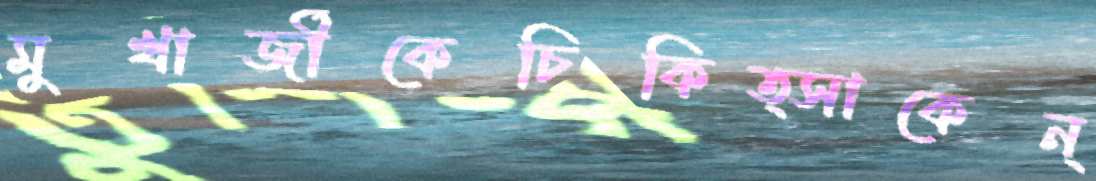
মুখার্জীকেচিকিত্সাকেন্